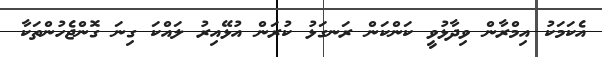
އެކަމަކު އިމްރާން ވިދާޅުވީ ކަންކަން ރަނގަޅު ކުރަން އުޅޭއިރު ލައްކަ ގިނަ ގޮންޖެހުންތަކާ